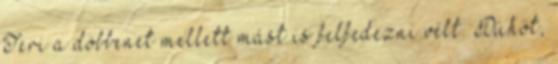
Teri a döbbenet mellett mást is felfedezni vélt. Dühöt,